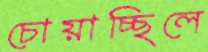
চোয়াচ্ছিলে